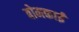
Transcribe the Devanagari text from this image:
बोमकाई